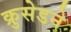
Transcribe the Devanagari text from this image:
क्रुसेडने